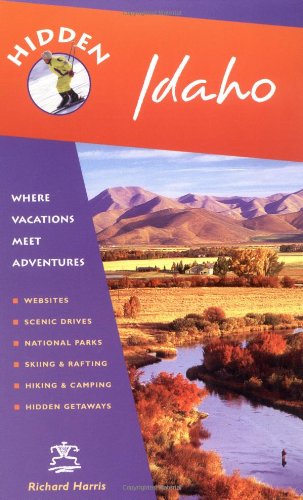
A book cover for Hidden Idaho: Including Boise, Sun Valley, and Yellowstone National Park (Hidden Travel); Richard Harris; Travel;